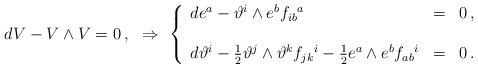
LaTeX: \begin{align*}dV- V\wedge V=0\, ,\,\,\,\,\Rightarrow\,\,\left\{ \begin{array}{lcl}de^{a} -\vartheta^{i}\wedge e^{b} f_{ib}{}^{a} & = & 0\, ,\\& & \\d\vartheta^{i} -\frac{1}{2}\vartheta^{j}\wedge \vartheta^{k} f_{jk}{}^{i}-\frac{1}{2}e^{a}\wedge e^{b} f_{ab}{}^{i} & = & 0\, .\\ \end{array}\right.\end{align*}